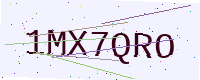
Text: 1MX7QRO